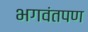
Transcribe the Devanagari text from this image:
भगवंतपण